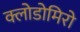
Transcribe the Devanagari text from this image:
क्लोडोमिरो